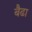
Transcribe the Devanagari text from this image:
बैढा